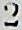
2